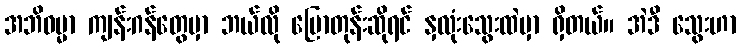
အဘိဓမ္မာ ကျန်းဂန်တွေမှာ ဘယ်လို ပြောတုန်းဆိုရင် နှလုံးသွေးထဲမှာ ရှိတယ်။ အဲဒီ သွေးဟာ